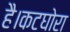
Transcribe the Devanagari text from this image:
है।कटघोरा